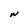
Character: W